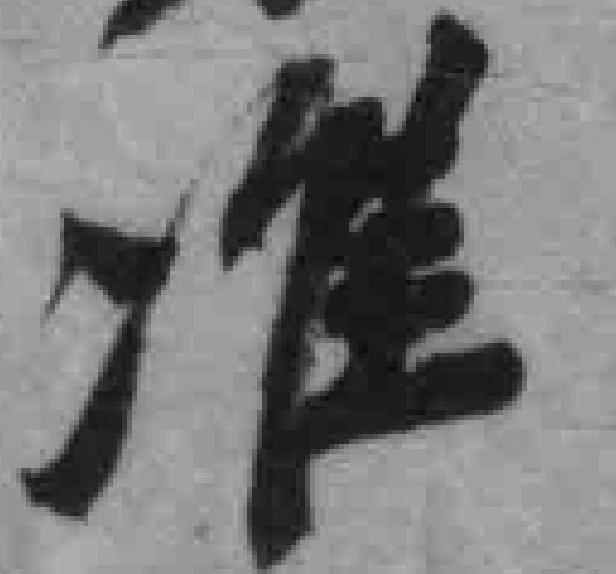
准